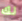
لك